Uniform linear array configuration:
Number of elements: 16
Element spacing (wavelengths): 0.5
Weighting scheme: hann
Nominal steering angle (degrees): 30
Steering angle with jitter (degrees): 29.516
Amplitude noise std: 0.05
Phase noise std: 0.05

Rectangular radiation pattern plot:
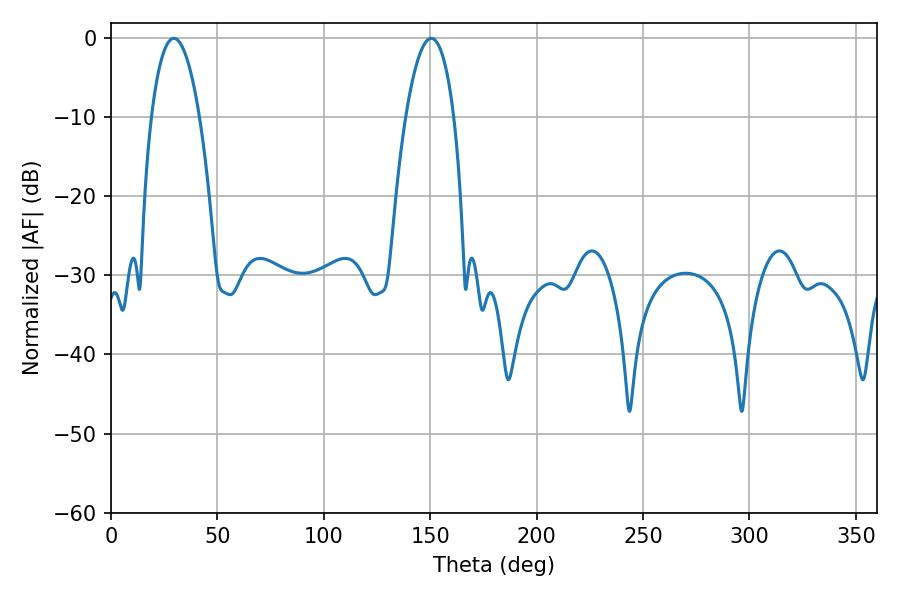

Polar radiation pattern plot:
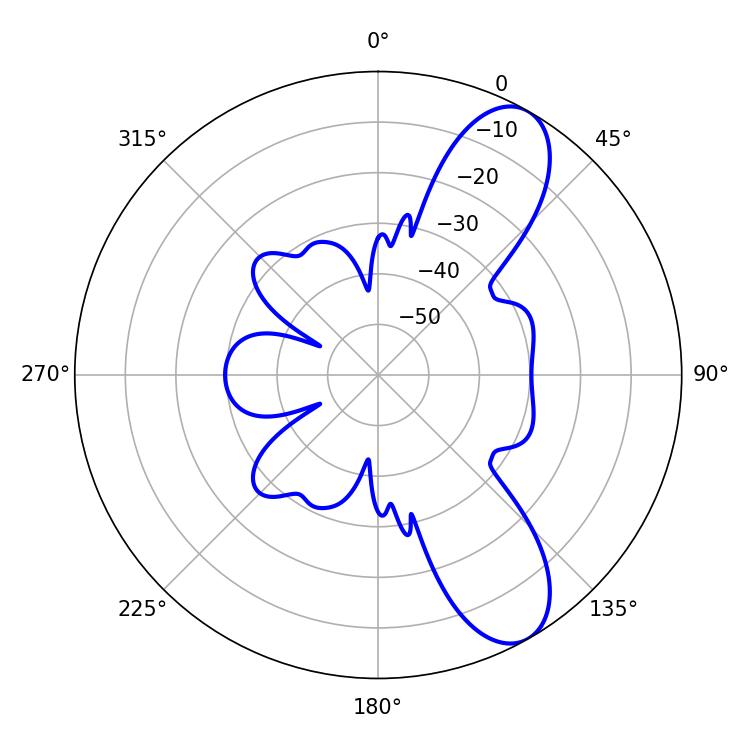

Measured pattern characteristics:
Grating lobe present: FALSE
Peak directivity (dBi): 9.338
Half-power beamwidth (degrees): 12.6
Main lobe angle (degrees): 29.52